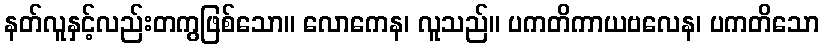
နတ်လူနှင့်လည်းတကွဖြစ်သော။ လောကေန၊ လူသည်။ ပကတိကာယဗလေန၊ ပကတိသော